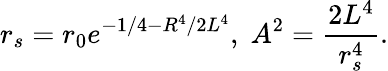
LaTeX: r_{s}=r_{0}e^{-1/4-R^{4}/2L^{4}},\; A^{2}={\frac{2L^{4}}{r_{s}^{4}}}.